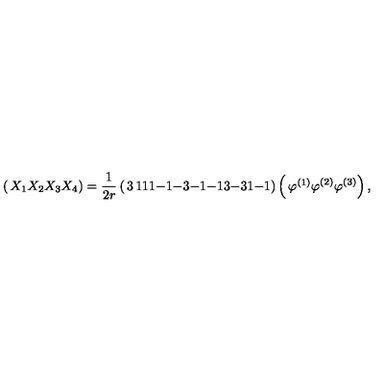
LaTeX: \left( \begin{matrix} { X _ { 1 } } \\ { X _ { 2 } } \\ { X _ { 3 } } \\ { X _ { 4 } } \\ \end{matrix} \right) = \frac { 1 } { 2 r } \left( \begin{matrix} { 3 } & { 1 } & { 1 } \\ { 1 } & { - 1 } & { - 3 } \\ { - 1 } & { - 1 } & { 3 } \\ { - 3 } & { 1 } & { - 1 } \\ \end{matrix} \right) \left( \begin{matrix} { \varphi ^ { ( 1 ) } } \\ { \varphi ^ { ( 2 ) } } \\ { \varphi ^ { ( 3 ) } } \\ \end{matrix} \right) ,